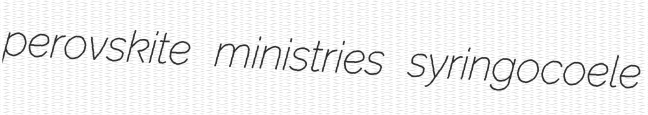
perovskite ministries syringocoele